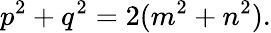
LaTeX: p^{2}+q^{2}=2(m^{2}+n^{2}).